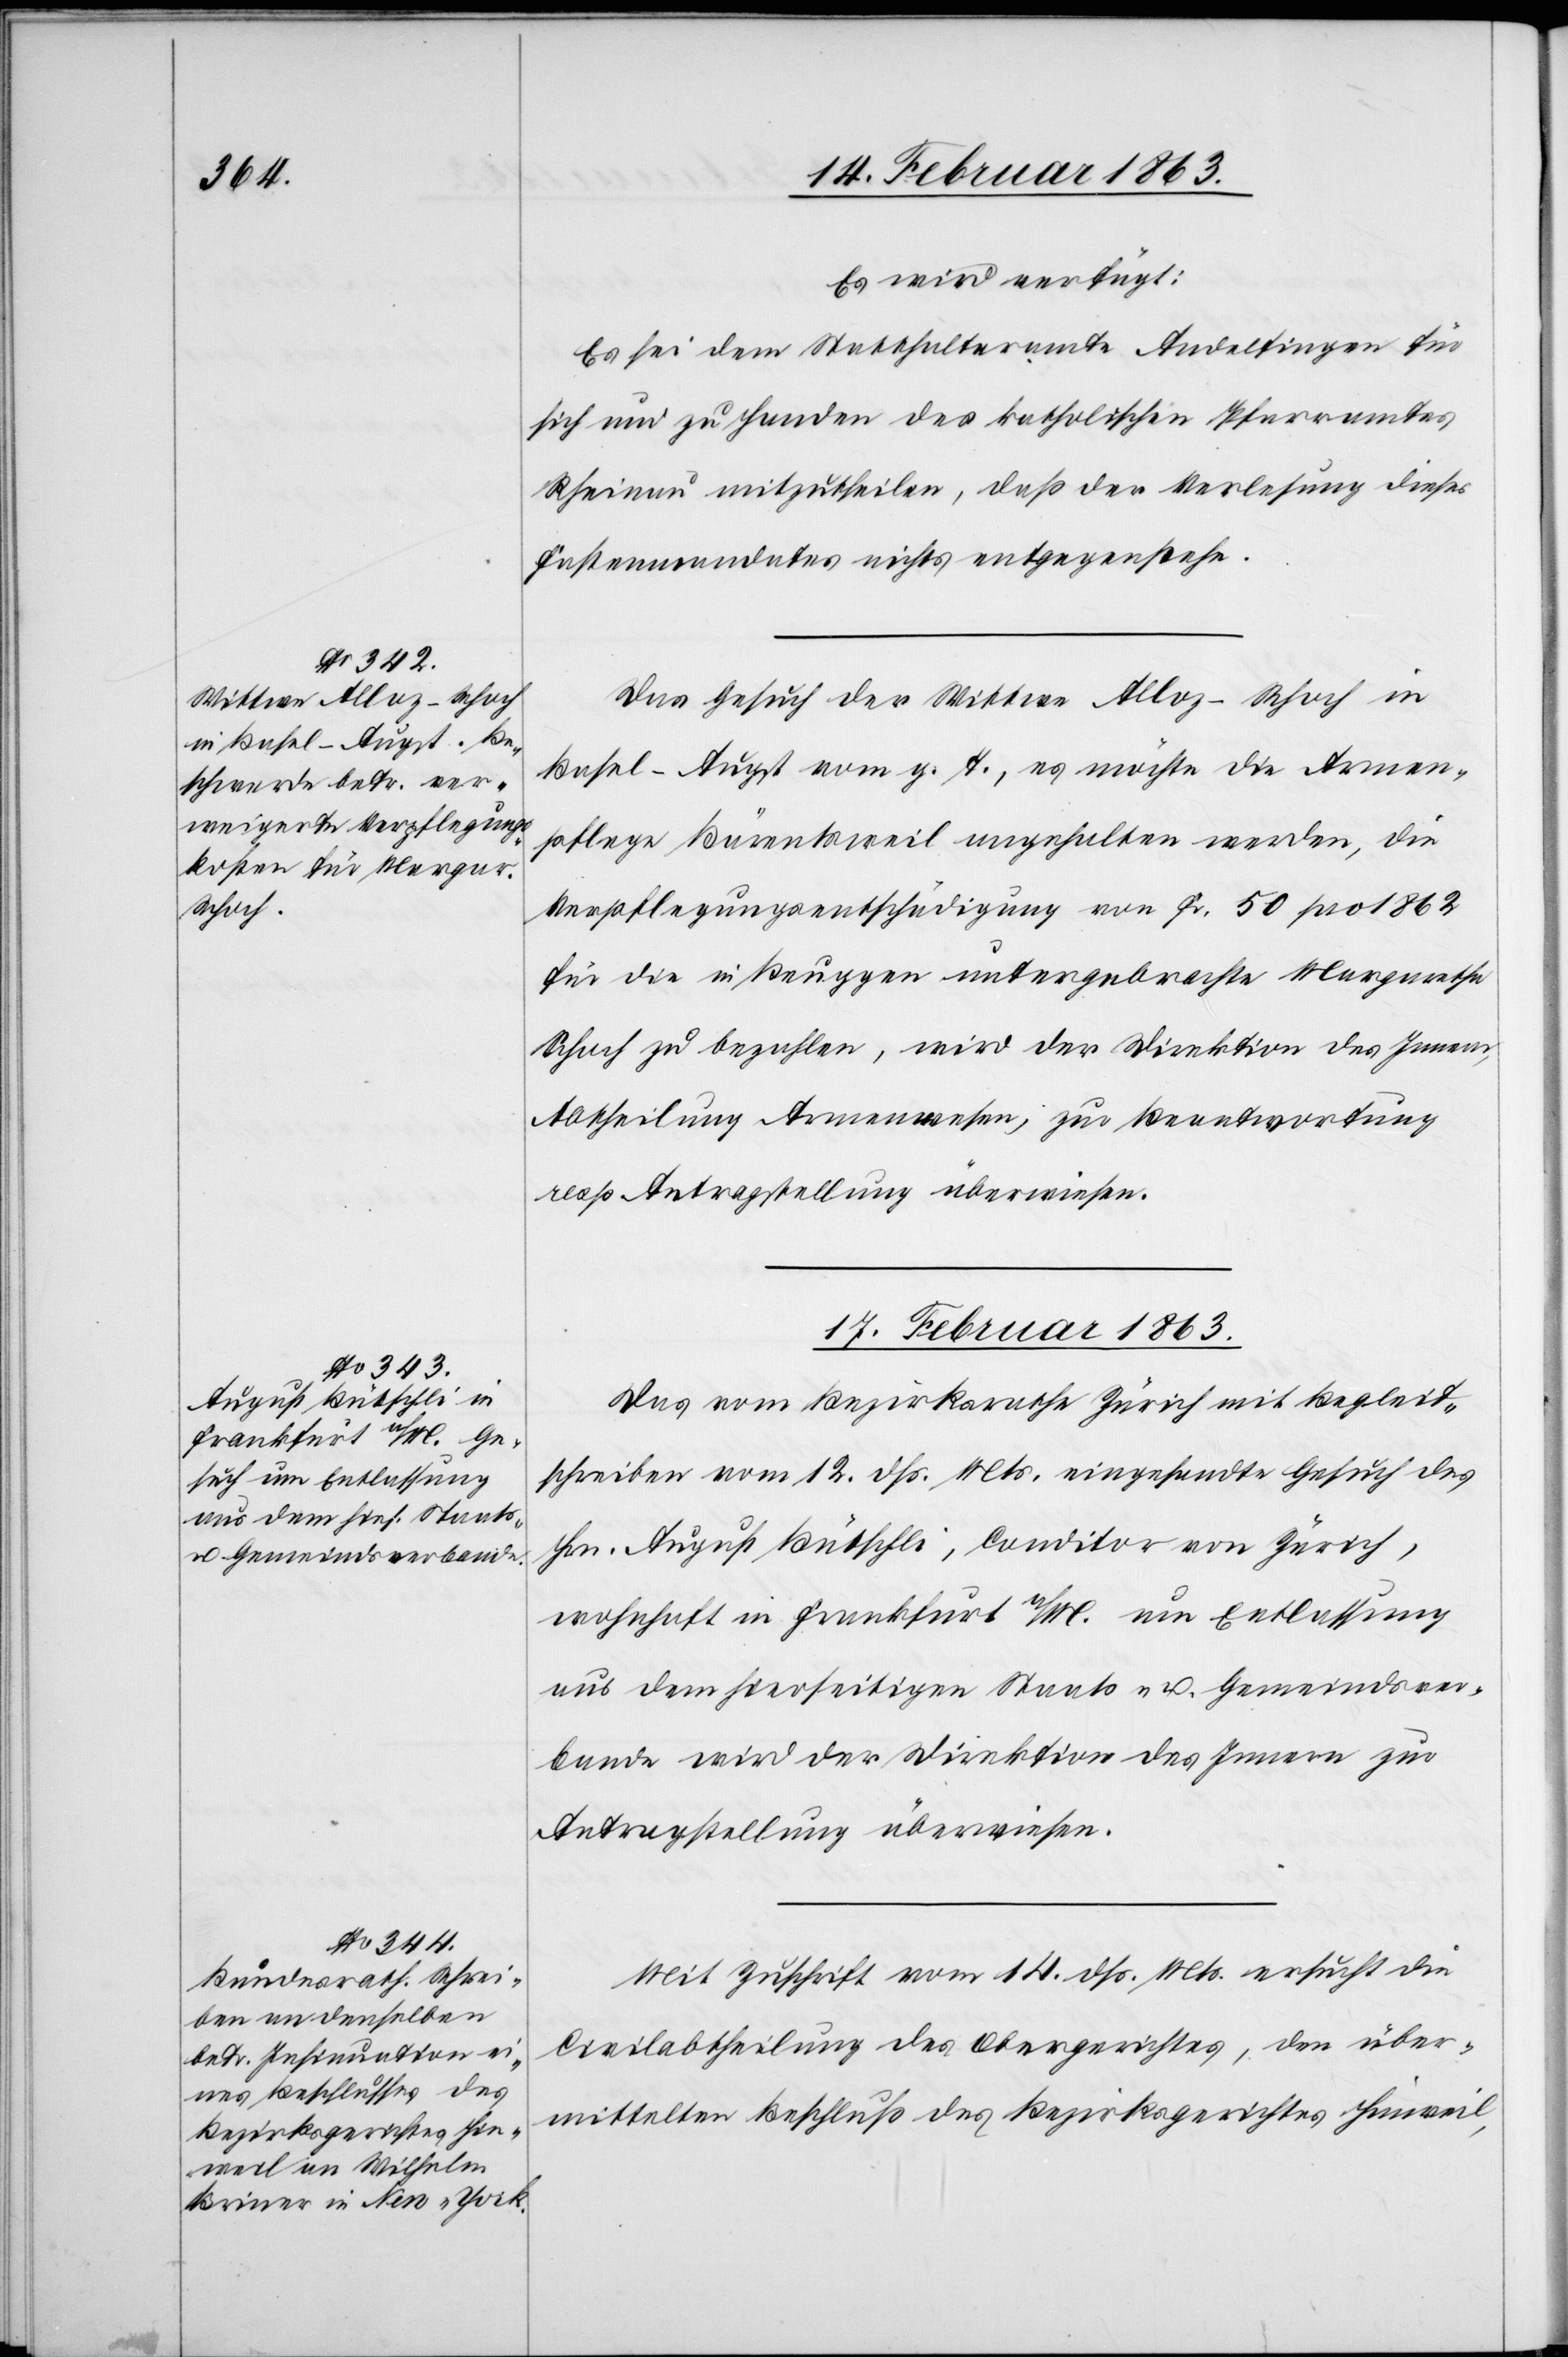
16. Februar 1863.]
Es wird verfügt:
Es sei dem Statthalteramte Andelfingen für
sich und zu Handen des katholischen Pfarramtes
Rheinau mitzutheilen, daß der Verlesung dieses
Fastenmandates nichts entgegenstehe.
Das Gesuch der Wittwe Alloz-Schoch in
Basel-Augst vom g. T., es möchte die Armen¬
pflege Bärentsweil angehalten werden, die
Verpflegungsentschädigung von Fr. 50 pro 1862
für die in Beuggen untergebrachte Margaretha
Schoch zu bezahlen, wird der Direktion des Innern,
Abtheilung Armenwesen, zur Beantwortung
resp Antragstellung überwiesen.
17. Februar 1863.]
Das vom Bezirksrathe Zürich mit Begleit¬
schreiben vom 12. dß. Mts. eingesandte Gesuch des
Hrn. August Bütschli, Conditor von Zürich,
wohnhaft in Frankfurt a/M. um Entlassung
aus dem hierseitigen Staats- u. Gemeindsver¬
bande wird der Direktion des Innern zur
Antragstellung überwiesen.
Mit Zuschrift vom 14. dß. Mts. ersucht die
Civilabtheilung des Obergerichtes, den über¬
mittelten Beschluß des Bezirksgerichtes Hinweil,